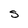
Character: s